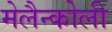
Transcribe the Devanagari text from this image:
मेलैन्कोली